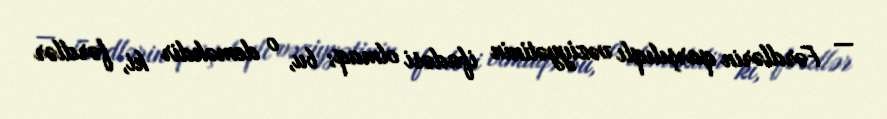
— Fərdlərin qarşılıqlı vəziyyətinin ifadəsi olmaq; bu, o deməkdir ki, fərdlər